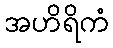
အဟိရိကံ